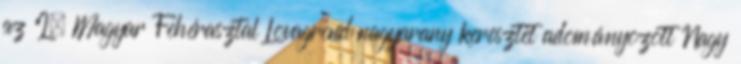
az I. Magyar Fehérasztal Lovagrend nagyarany keresztet adományozott Nagy